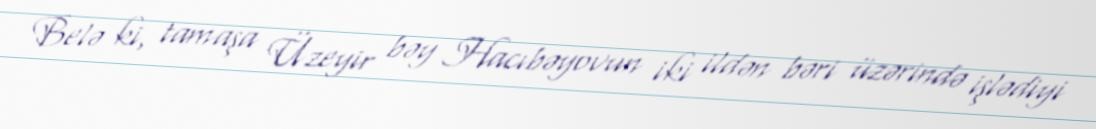
Belə ki, tamaşa Üzeyir bəy Hacıbəyovun iki ildən bəri üzərində işlədiyi